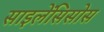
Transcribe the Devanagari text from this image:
साइलेंसिसोस